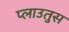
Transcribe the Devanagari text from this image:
प्लाउतुस